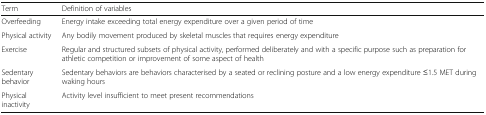
<table><thead><tr><td><b>Term</b></td><td><b>Definition of variables</b></td></tr></thead><tbody><tr><td>Overfeeding</td><td>Energy intake exceeding total energy expenditure over a given period of time</td></tr><tr><td>Physical activity</td><td>Any bodily movement produced by skeletal muscles that requires energy expenditure</td></tr><tr><td>Exercise</td><td>Regular and structured subsets of physical activity, performed deliberately and with a specific purpose such as preparation for athletic competition or improvement of some aspect of health</td></tr><tr><td>Sedentary behavior</td><td>Sedentary behaviors are behaviors characterised by a seated or reclining posture and a low energy expenditure ≤1.5 MET during waking hours</td></tr><tr><td>Physical inactivity</td><td>Activity level insufficient to meet present recommendations</td></tr></tbody></table>